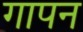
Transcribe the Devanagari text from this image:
गापन